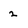
Character: 2